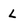
Character: L